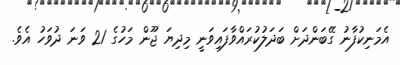
އެމަނިކުފާނު ގޭބަންދަށް ބަދަލުކުރައްވާފައިވަނީ މިދިޔަ ޖޫން މަހުގެ 21 ވަނަ ދުވަހު އެވެ.